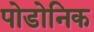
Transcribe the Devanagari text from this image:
पोडोनिक